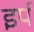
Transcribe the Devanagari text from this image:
इर्प